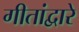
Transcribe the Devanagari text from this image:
गीतांद्वारे